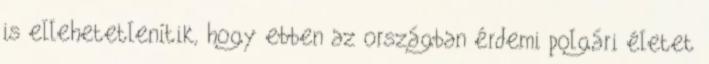
is ellehetetlenítik, hogy ebben az országban érdemi polgári életet